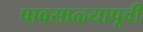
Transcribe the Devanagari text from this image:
पावसाळ्यापूर्वी